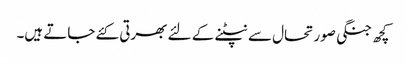
کچھ جنگی صورتحال سے نپٹنے کے لئے بھرتی کئے جاتے ہیں۔